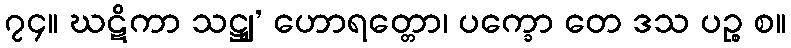
၇၄။ ဃဋိကာ သဋ္ဌျ’ ဟောရတ္တော၊ ပက္ခော တေ ဒသ ပဉ္စ စ။